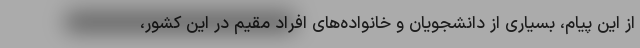
از این پیام، بسیاری از دانشجویان و خانواده‌های افراد مقیم در این کشور،